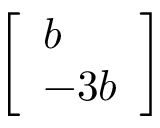
\left[ \begin{array} { l } { b } \\ { - 3 b } \end{array} \right]